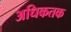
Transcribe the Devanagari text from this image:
अधिकतक